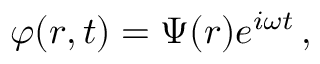
\begin{array} { r } { \varphi ( \boldsymbol { r } , t ) = \Psi ( r ) e ^ { i \omega t } \, , } \end{array}